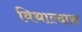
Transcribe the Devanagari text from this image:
विथाल्दास